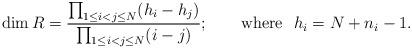
LaTeX: \begin{align*}\dim R = {\prod_{1\leq i<j \leq N}(h_i-h_j)\over \prod_{1\leq i<j\leq N}( i-j)} ; \qquad {\rm where} \,\, \,\, h_i=N+n_i-1 .\end{align*}